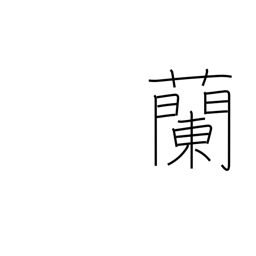
Meaning: orchid